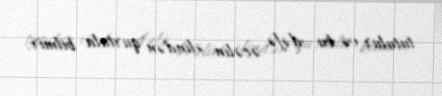
tutulur və bu dəfə əcəlin əlindən qurtula bilmir.